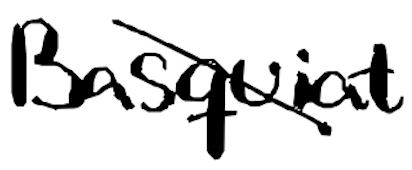
Text: Basquiat
Cross-out: mix
Writing tool: digital_black